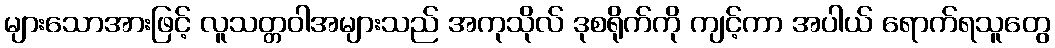
များသောအားဖြင့် လူသတ္တဝါအများသည် အကုသိုလ် ဒုစရိုက်ကို ကျင့်ကာ အပါယ် ရောက်ရသူတွေ